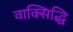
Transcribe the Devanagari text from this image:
वाक्सिद्धि